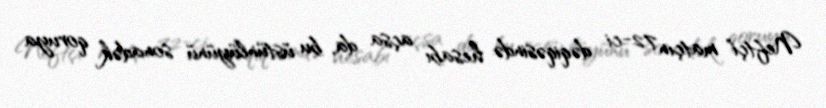
Neftçi" matçın 72-ci dəqiqəsində hesabı açsa da, bu üstünlüyünü sonadək qoruya